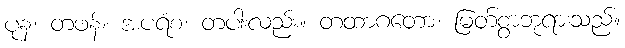
ပုန၊ တဖန်။ အပရံစ၊ တပါးလည်း။ တထာဂတော၊ မြတ်စွာဘုရားသည်။